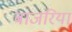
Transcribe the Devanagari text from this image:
बाजरिया